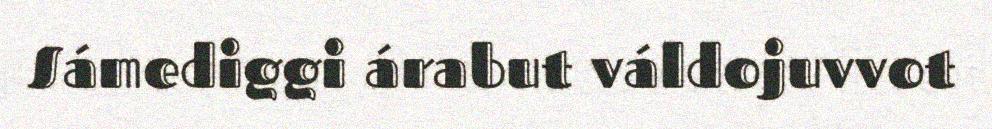
Sámediggi árabut váldojuvvot